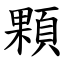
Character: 顆